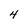
Character: 4